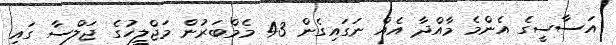
އަސާސީގެ އެންމެ މާއްދާ އެއް ނަގައިގެން 43 މެމްބަރުން މަޖްލީހުގެ ޖަލްސާ ގައި